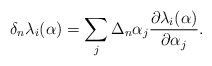
\begin{align*}\delta_n\lambda_i(\alpha)=\sum_j\Delta_n\alpha_j{\partial \lambda_i(\alpha)\over \partial\alpha_j}.\end{align*}